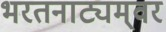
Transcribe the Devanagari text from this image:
भरतनाट्यम्‌वर